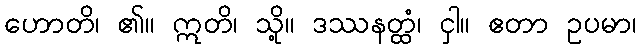
ဟောတိ၊ ၏။ ဣတိ၊ သို့။ ဒဿနတ္ထံ၊ ငှါ။ ဧတာ ဥပမာ၊